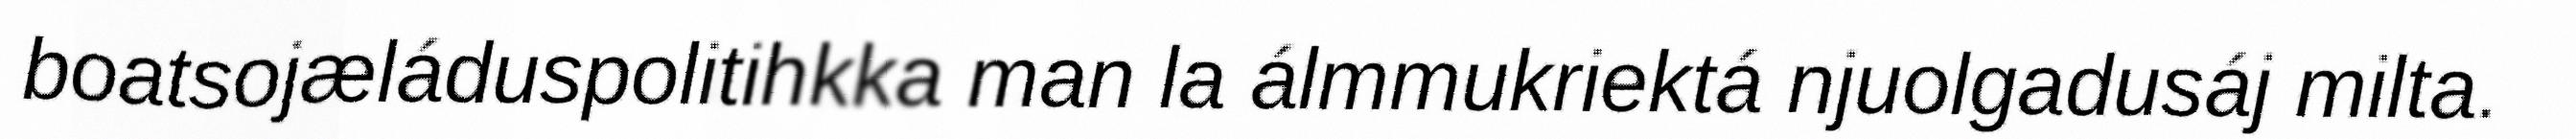
boatsojæláduspolitihkka man la álmmukriektá njuolgadusáj milta.